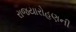
રાજયારોહણની